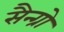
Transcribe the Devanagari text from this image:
सैन्ग्रो